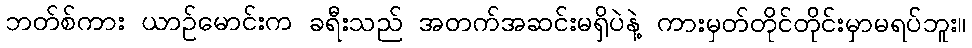
ဘတ်စ်ကား ယာဉ်မောင်းက ခရီးသည် အတက်အဆင်းမရှိပဲနဲ့ ကားမှတ်တိုင်တိုင်းမှာမရပ်ဘူး။